Lunatic asylums in Bengal annual reports 1912-1924 - 1912-1924
Year: 1912
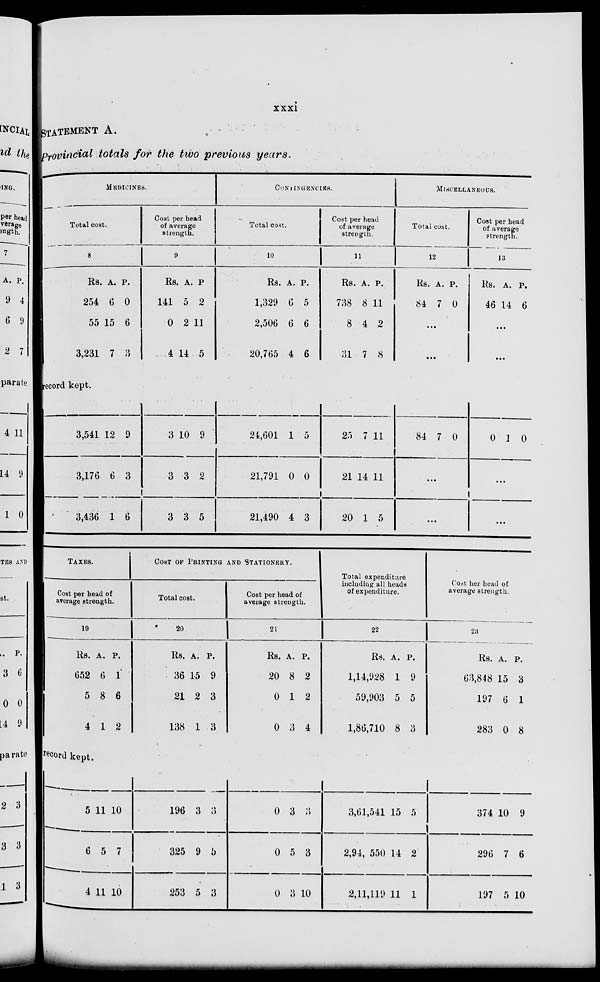
xxxi
STATEMENT A.
Provincial totals for the two previous years.
MEDICINES.
Total cost.
8
Rs.
254
55
3,231
A.
6
15
7
P.
a
6
3
Cost per head
of average
strength.
9
Rs.
141
0
4
A.
5
2
14
P.
2
11
5
CONTINGENCIES.
Total cost.
10
Rs.
1,329
2,506
20,765
A.
6
6
4
P.
5
6
6
Cost per head
of average
strength.
11
Rs.
738
8
31
A.
8
4
7
P.
11
2
8
MISCELLANEOUS.
Total cost.
12
Rs.
84
A.
7
P.
0
...
...
Cost per head
of average
strength.
13
Rs.
46
A.
14
P.
6
...
...
record kept.
3,541
3,176
3,436
12
6
1
9
3
6
3
3
3
10
3
3
9
2
5
24,601
21,791
21,490
1
0
4
5
0
3
25
21
20
7
14
1
11
11
5
84 7 0
...
...
0 1 0
...
...
TAXES.
Cost per head of
average strength.
19
Rs.
652
5
4
A.
6
8
1
P.
1
6
2
COST OF PRINTING AND STATIONERY.
Total cost.
20
Rs.
36
21
138
A.
15
2
1
P.
9
3
3
Cost per head of
average strength.
21
Rs.
20
0
0
A.
8
1
3
P.
2
2
4
Total expenditure
including all heads
of expenditure.
22
Rs.
1,14,928
59,903
1,86,710
A.
1
5
8
P.
9
5
3
Cost her head of
average strength.
23
Rs.
63,848
197
283
A.
15
6
0
P.
3
1
8
record kept.
5
6
4
11
5
11
10
7
10
196
325
253
3
9
5
3
5
3
0
0
0
3
5
3
3
3
10
3,61,541
2,94, 550
2,11,119
15
14
11
5
2
1
374
296
197
10
7
5
9
6
10